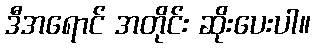
ဒီအရောင် အတိုင်း ဆိုးပေးပါ။